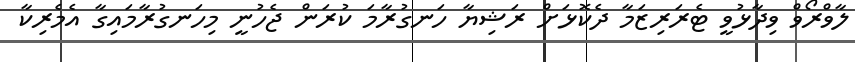
ލާވްރޯވް ވިދާޅުވީ ޓެރަރިޒަމާ ދެކޮޅަށް ރަޝިޔާ ހަނގުރާމަ ކުރަން ޖެހުނީ މިހަނގުރާމައިގާ އެމެރިކާ